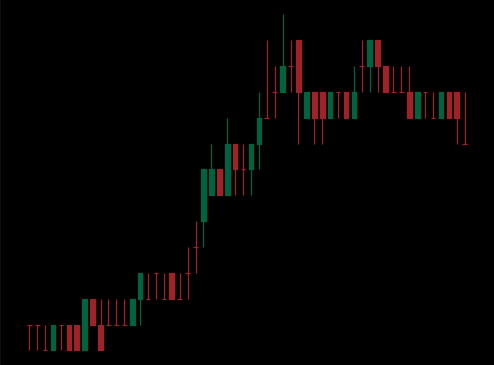
Pattern: bear_flag